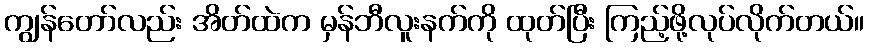
ကျွန်တော်လည်း အိတ်ထဲက မှန်ဘီလူးနက်ကို ထုတ်ပြီး ကြည့်ဖို့လုပ်လိုက်တယ်။